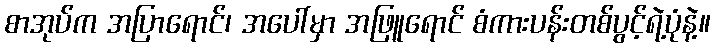
စာအုပ်က အပြာရောင်၊ အပေါ်မှာ အဖြူရောင် စံကားပန်းတစ်ပွင့်ရဲ့ပုံနဲ့။